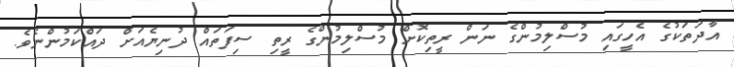
އާދަތަކުގެ އެހީގައި މުސްލިމުންގެ ނަން ރީތިކޮށް މުސްލިމުންގެ ރީތި ސިފަތައް ދުނިޔެއަށް ދައްކަމުންނެވެ.